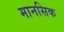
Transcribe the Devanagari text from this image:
मानसिक